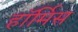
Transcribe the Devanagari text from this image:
हॉर्मिस